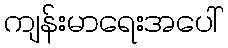
ကျန်းမာရေးအပေါ်